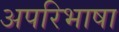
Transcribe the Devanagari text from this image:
अपरिभाषा